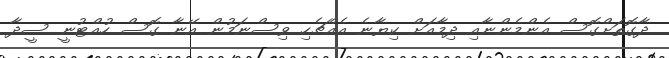
ދާގޮތަށްގޮސް އެންމެންނާއި ދިމާއަށް ކިޔާނެ އެއްޗެހި ވިސްނަމުން އޭނާ ގޮސް ހުއްޓުނީ ސީދާ